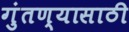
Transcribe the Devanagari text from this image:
गुंतण्यासाठी